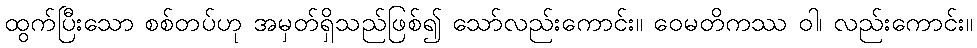
ထွက်ပြီးသော စစ်တပ်ဟု အမှတ်ရှိသည်ဖြစ်၍ သော်လည်းကောင်း။ ဝေမတိကဿ ဝါ၊ လည်းကောင်း။